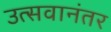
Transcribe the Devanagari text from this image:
उत्सवानंतर